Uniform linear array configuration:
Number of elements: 4
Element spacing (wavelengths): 0.75
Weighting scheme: kaiser
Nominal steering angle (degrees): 15
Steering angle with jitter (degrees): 14.23
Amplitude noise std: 0.05
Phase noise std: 0.05

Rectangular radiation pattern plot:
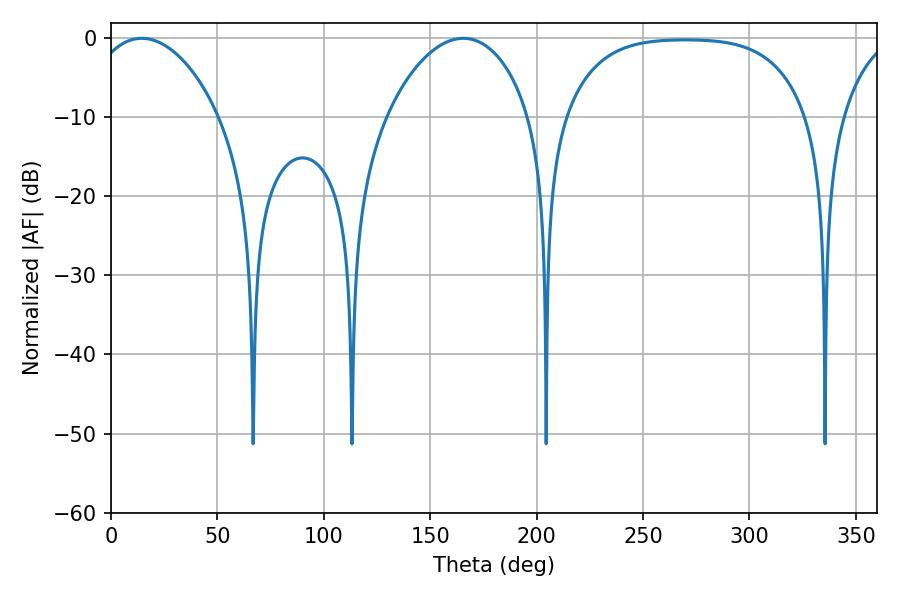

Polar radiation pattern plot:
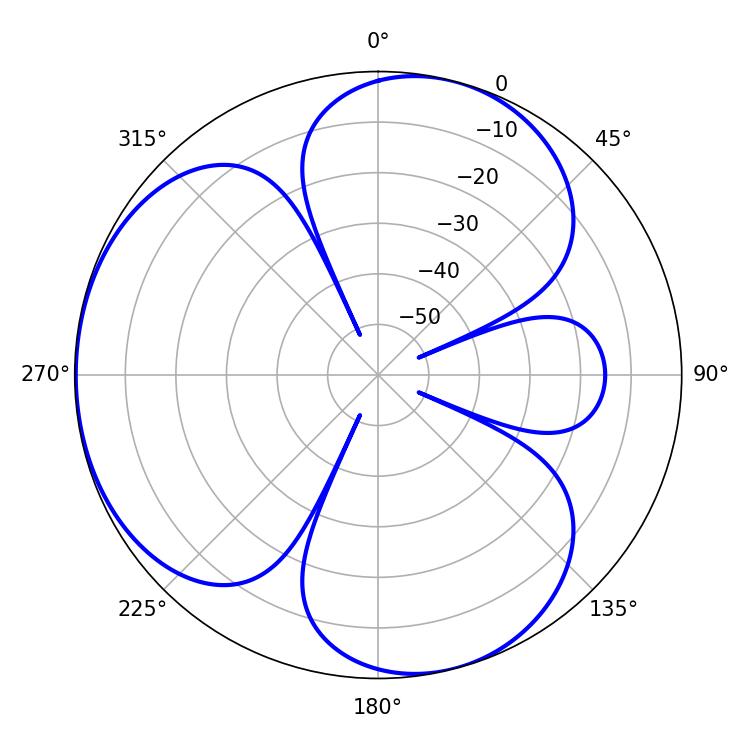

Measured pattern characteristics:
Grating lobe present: TRUE
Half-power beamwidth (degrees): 34.38
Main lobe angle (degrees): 14.4